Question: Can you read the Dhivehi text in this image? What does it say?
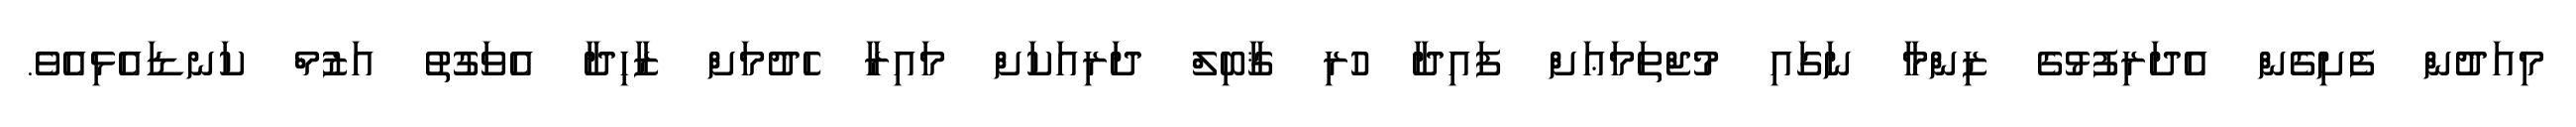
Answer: މިއަދުން ފެށިގެން އެދަރިފުޅުގެ ޒިންމާ ނަގައި މުޖްތަމަޢަށް ފައިދާ ހުރި ޤާބިލް ދަރިއަކަށް މައިރާ ހެދުމަށް ޒާހިދާ އެވަގުތު އަޒުމް ކަނޑައެޅިއެވެ.